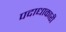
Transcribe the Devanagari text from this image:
पदाधाकारी